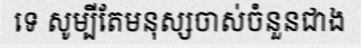
ទេ សូម្បីតែមនុស្សចាស់ចំនួនជាង